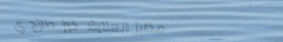
مخابز العناية: خبز طازج ي